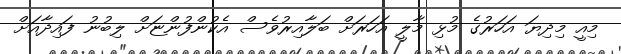
މިއީ މިދިޔަ އަހަރުގެ މުޅި މާލީ އަހަރަށް ބަލާއިރުވެސް އެކުންފުންޏަށް ލިބުނު ފައިދާއަށް